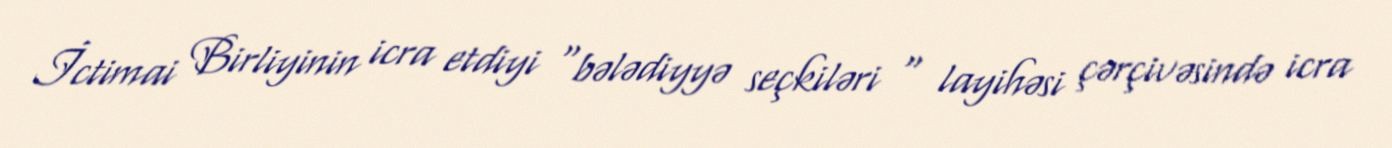
İctimai Birliyinin icra etdiyi “bələdiyyə seçkiləri “ layihəsi çərçivəsində icra